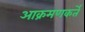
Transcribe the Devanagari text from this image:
आक्रमणकर्ते